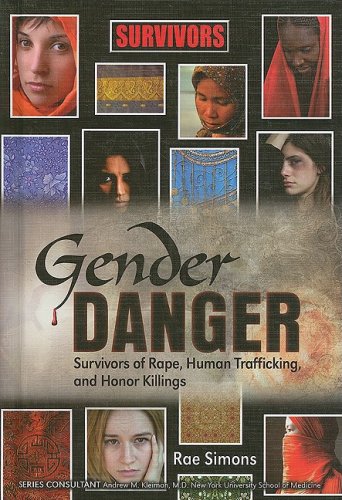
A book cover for Gender Danger: Survivors of Rape, Human Trafficking, and Honor Killings (Survivors: Ordinary People, Extraordinary Circumstances); Rae Simons; Teen & Young Adult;